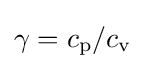
\gamma =c_{\text{p}}/c_{\text{v}}